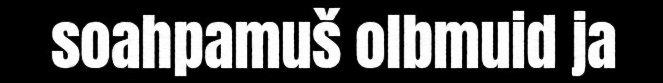
soahpamuš olbmuid ja